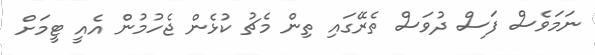
ނަމަވެސް ފަސް ދުވަސް ތެރޭގައި ތިން މެޗު ކުޅެން ޖެހުމުން އެއީ ޓީމަށް